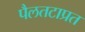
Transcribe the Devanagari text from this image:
पैलतटाप्रत